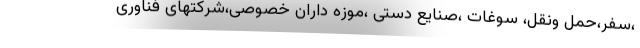
،سفر،حمل ونقل، سوغات ،صنایع دستی ،موزه داران خصوصی،شرکتهای فناوری